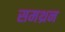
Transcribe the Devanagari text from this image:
समथ्रन